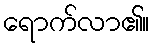
ရောက်လာ၏။